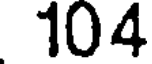
104